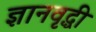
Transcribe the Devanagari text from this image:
ज्ञानवृद्धी